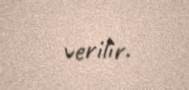
verilir.